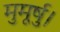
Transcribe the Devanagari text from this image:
मुमूर्षु।